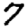
Digit: 7